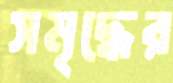
সমৃদ্ধের